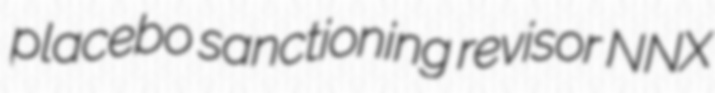
placebo sanctioning revisor NNX